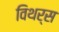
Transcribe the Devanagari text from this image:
विथर्स